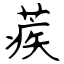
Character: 蒺